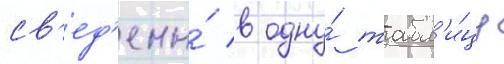
св'ед'ены́ в одну́ табл'и́цу